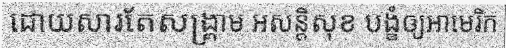
ដោយសារតែសង្គ្រាម អសន្តិសុខ បង្ខំឲ្យអាមេរិក